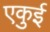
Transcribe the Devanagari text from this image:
एकुई